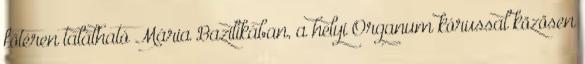
főtéren található Mária Bazilikában, a helyi Organum kórussal közösen